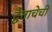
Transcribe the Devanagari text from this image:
द्वैताचेची